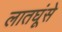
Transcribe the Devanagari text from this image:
लातघूंसे